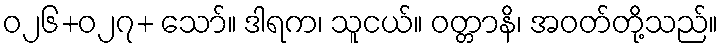
ဝ၂၆+ဝ၂၇+ သော်။ ဒါရက၊ သူငယ်။ ဝတ္တာနိ၊ အဝတ်တို့သည်။